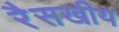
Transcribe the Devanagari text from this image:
रैसखीय